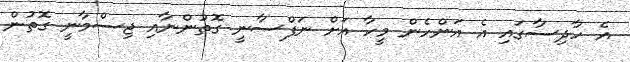
އެ ހާދިސާގައި އެ އަންހެން މީހާ އަށް ނަފްސާނީ ގޮތުންނާއި ޖިސްމާނީ ގޮތުން